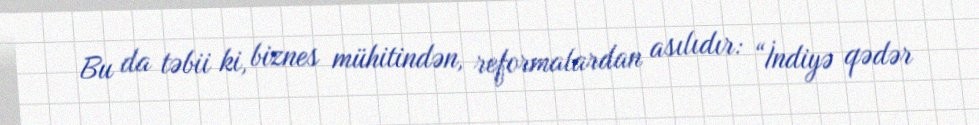
Bu da təbii ki, biznes mühitindən, reformalardan asılıdır: “İndiyə qədər